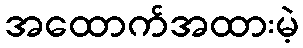
အထောက်အထားမဲ့